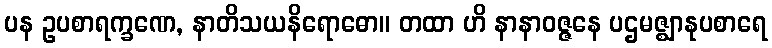
ပန ဥပစာရက္ခဏေ, နာတိသယနိရောဓော။ တထာ ဟိ နာနာဝဇ္ဇနေ ပဌမဇ္ဈာနုပစာရေ